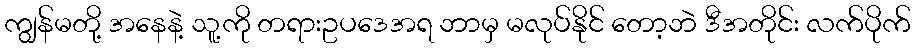
ကျွန်မတို့ အနေနဲ့ သူ့ကို တရားဥပဒေအရ ဘာမှ မလုပ်နိုင် တော့ဘဲ ဒီအတိုင်း လက်ပိုက်